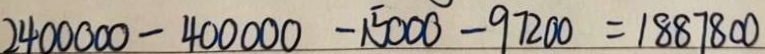
2 4 0 0 0 0 - 4 0 0 0 0 0 - 1 5 0 0 0 - 9 7 2 0 0 = 1 8 8 7 8 0 0